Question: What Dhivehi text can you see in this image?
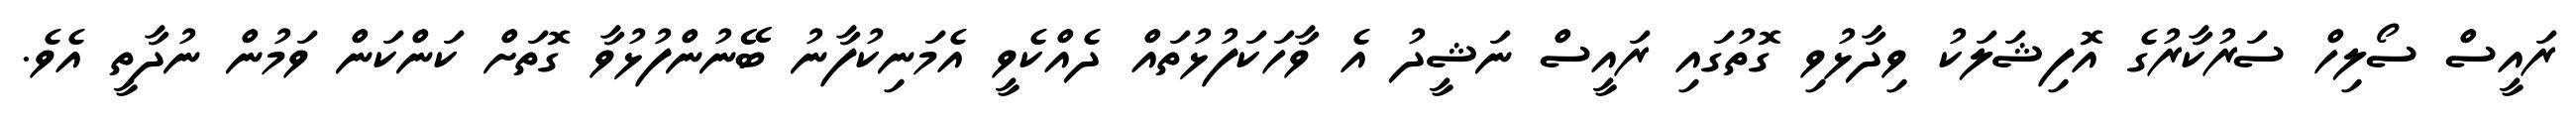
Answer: ރައީސް ސޯލިހް ސަރުކާރުގެ އޮފިޝަލަކު ވިދާޅުވި ގޮތުގައި ރައީސް ނަޝީދު އެ ވާހަކަފުޅުތައް ދެއްކެވީ އެމަނިކުފާނު ބޭނުންފުޅުވާ ގޮތަށް ކަންކަން ވަމުން ނުދާތީ އެވެ.